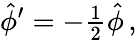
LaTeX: \hat{\phi}^{\prime}=-{\textstyle\frac{1}{2}}\hat{\phi}\, ,